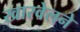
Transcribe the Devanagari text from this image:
खारवेलने